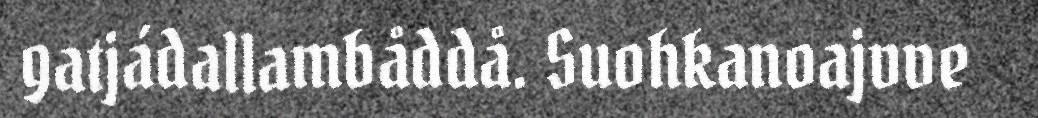
gatjádallambåddå. Suohkanoajvve